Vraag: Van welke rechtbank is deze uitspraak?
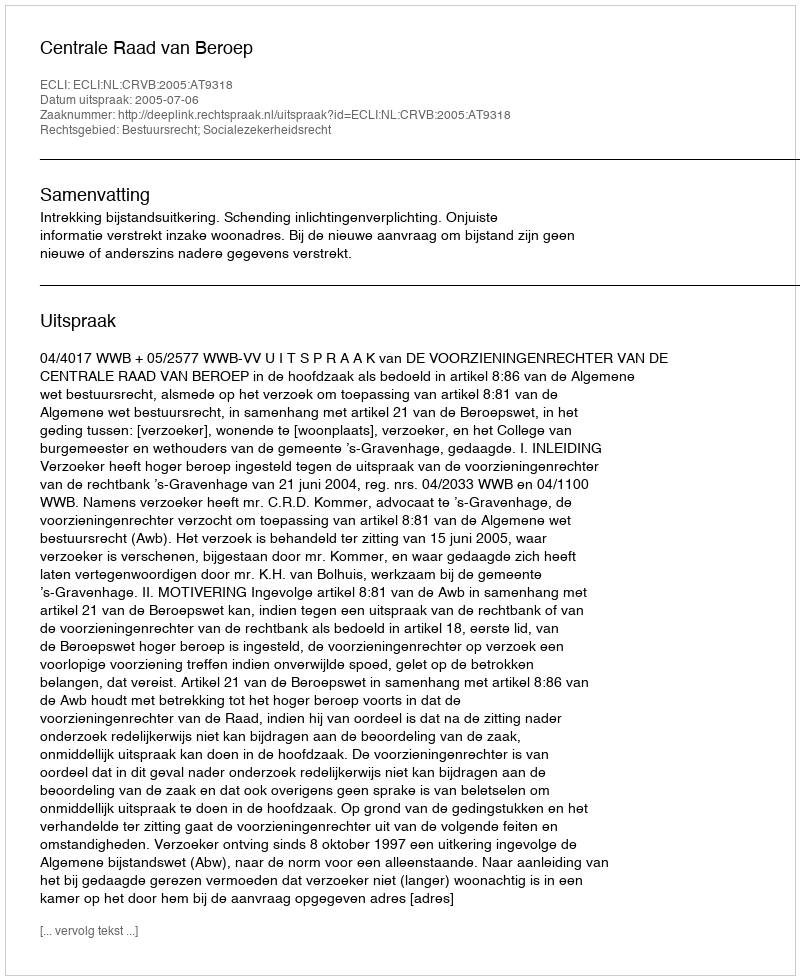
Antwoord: Centrale Raad van Beroep